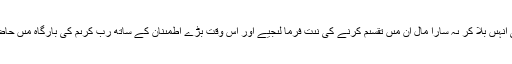
صبح ہوتے ہى انہىں بُلا کر ىہ سارا مال اُن مىں تقسىم کرنے کى نىت فرما لىجیے اور اس وقت بڑے اِطمىنان کے ساتھ ربِ کرىم کى بارگاہ مىں حاضِر ہو جائیے ۔